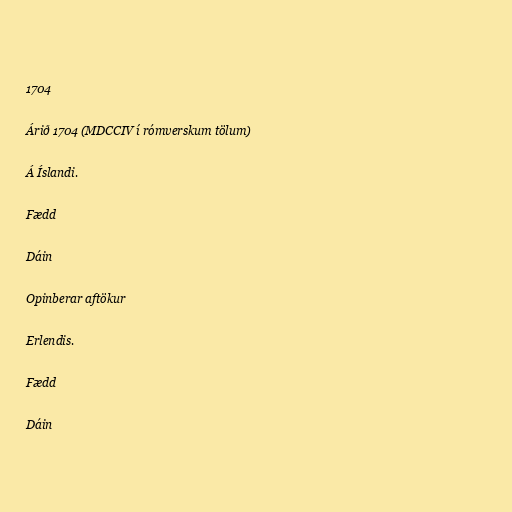
1704

Árið 1704 (MDCCIV í rómverskum tölum)

Á Íslandi.

Fædd

Dáin

Opinberar aftökur

Erlendis.

Fædd

Dáin